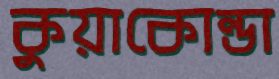
কুয়াকোন্ডা